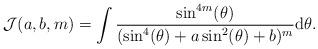
LaTeX: \begin{align*}\mathcal{J}(a, b, m) =\int \frac{\sin^{4m}(\theta)}{(\sin^{4}(\theta) + a\sin^{2}(\theta) + b)^{m}} {\rm d}\theta. \end{align*}